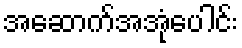
အဆောက်အအုံပေါင်း